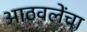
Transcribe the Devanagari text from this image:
आठवलेंचा